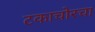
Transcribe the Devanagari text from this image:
टकाचोरचा